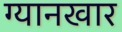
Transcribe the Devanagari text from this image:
ग्यानखार